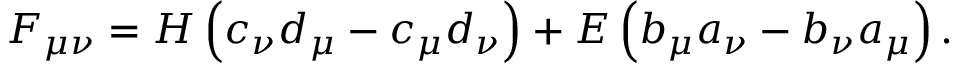
F _ { \mu \nu } = H \left( c _ { \nu } d _ { \mu } - c _ { \mu } d _ { \nu } \right) + E \left( b _ { \mu } a _ { \nu } - b _ { \nu } a _ { \mu } \right) .